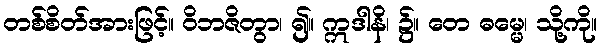
တစ်စိတ်အားဖြင့်။ ဝိဘဇိတွာ၊ ၍။ ဣဒါနိ၊ ၌။ တေ ဓမ္မေ၊ သို့ကို။